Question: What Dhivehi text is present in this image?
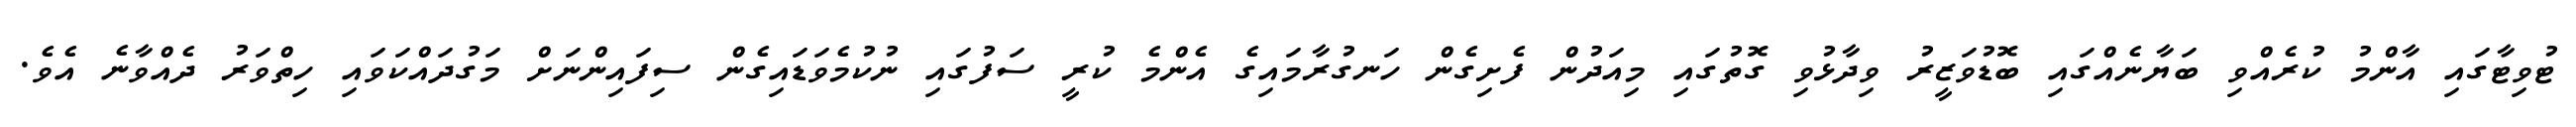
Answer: ޓުވިޓާގައި އާންމު ކުރެއްވި ބަޔާނެއްގައި ބޮޑުވަޒީރު ވިދާޅުވި ގޮތުގައި މިއަދުން ފެށިގެން ހަނގުރާމައިގެ އެންމެ ކުރީ ސަފުގައި ނުކުމެވަޑައިގެން ސިފައިންނަށް މަގުދައްކަވައި ހިތްވަރު ދެއްވާނެ އެވެ.